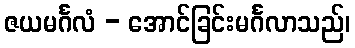
ဇယမင်္ဂလံ - အောင်ခြင်းမင်္ဂလာသည်၊